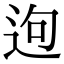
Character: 𨒡